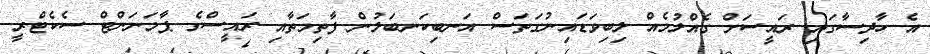
އެ ހާދިސާގައި ރައީސަށް ގެއްލުމެއް ލިބިވަޑައިނުގަތަސް އަނބިކަނބަލުން ފާތިމަތާއި ރައީސްގެ ޕާމަނަންޓް ސެކެޓްރީ